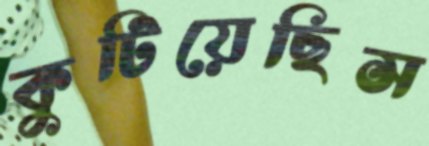
কুটিয়েছিস